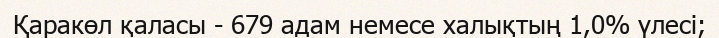
Қаракөл қаласы - 679 адам немесе халықтың 1,0% үлесі;